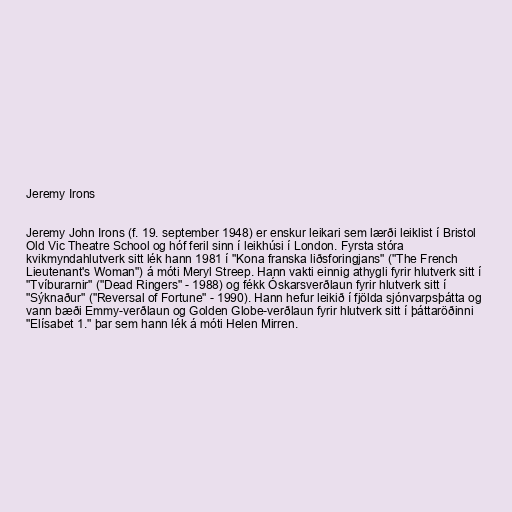
Jeremy Irons

Jeremy John Irons (f. 19. september 1948) er enskur leikari sem lærði leiklist í Bristol
Old Vic Theatre School og hóf feril sinn í leikhúsi í London. Fyrsta stóra
kvikmyndahlutverk sitt lék hann 1981 í "Kona franska liðsforingjans" ("The French
Lieutenant's Woman") á móti Meryl Streep. Hann vakti einnig athygli fyrir hlutverk sitt í
"Tvíburarnir" ("Dead Ringers" - 1988) og fékk Óskarsverðlaun fyrir hlutverk sitt í
"Sýknaður" ("Reversal of Fortune" - 1990). Hann hefur leikið í fjölda sjónvarpsþátta og
vann bæði Emmy-verðlaun og Golden Globe-verðlaun fyrir hlutverk sitt í þáttaröðinni
"Elísabet 1." þar sem hann lék á móti Helen Mirren.